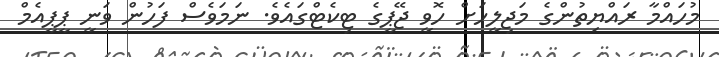
މުހައްމާ ރައްޔިތުންގެ މަޖިލީހަށް ހޮވީ ޖޭޕީގެ ޓިކެޓްގައެވެ. ނަމަވެސް ފަހުން ވަނީ ޕީޕީއެމް